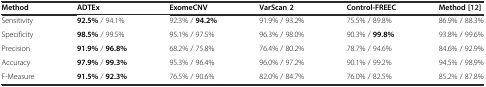
<table><thead><tr><td><b>Method</b></td><td><b>ADTEx</b></td><td><b>ExomeCNV</b></td><td><b>VarScan 2</b></td><td><b>Control-FREEC</b></td><td><b>Method [[12]]</b></td></tr></thead><tbody><tr><td>Sensitivity</td><td><b>92.5%</b> / 94.1%</td><td>92.3% / <b>94.2%</b></td><td>91.9% / 93.2%</td><td>75.5% / 89.8%</td><td>86.9% / 88.3%</td></tr><tr><td>Specificity</td><td><b>98.5%</b> / 99.5%</td><td>95.1% / 97.5%</td><td>96.3% / 98.0%</td><td>90.3% / <b>99.8%</b></td><td>93.8% / 99.6%</td></tr><tr><td>Precision</td><td><b>91.9%</b> / <b>96.8%</b></td><td>68.2% / 75.8%</td><td>76.4% / 80.2%</td><td>78.7% / 94.6%</td><td>84.6% / 92.9%</td></tr><tr><td>Accuracy</td><td><b>97.9%</b> / <b>99.3%</b></td><td>95.3% / 96.4%</td><td>96.0% / 97.2%</td><td>90.1% / 99.2%</td><td>94.5% / 98.9%</td></tr><tr><td>F-Measure</td><td><b>91.5%</b> / <b>92.3%</b></td><td>76.5% / 90.6%</td><td>82.0% / 84.7%</td><td>76.0% / 82.5%</td><td>85.2% / 87.8%</td></tr></tbody></table>